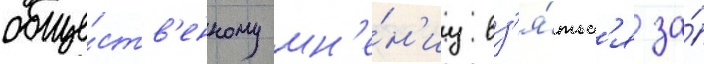
обще́ств'енному мн'е́н'иу вз'я́тьс'я за́